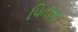
પિતરાઇ